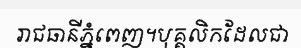
រាជធានីភ្នំពេញ។បុគ្គលិកដែលជា